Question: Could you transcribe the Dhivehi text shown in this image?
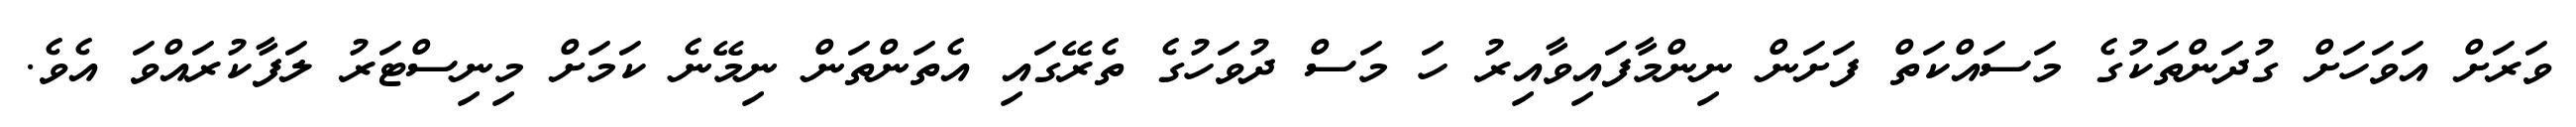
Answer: ވަރަށް އަވަހަށް ގުދަންތަކުގެ މަސައްކަތް ފަށަން ނިންމާފައިވާއިރު ހަ މަސް ދުވަހުގެ ތެރޭގައި އެތަންތަން ނިމޭނެ ކަމަށް މިނިސްޓަރު ލަފާކުރައްވަ އެވެ.